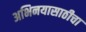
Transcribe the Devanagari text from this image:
अभिनयासाठीचा